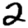
Digit: 2